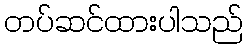
တပ်ဆင်ထားပါသည်